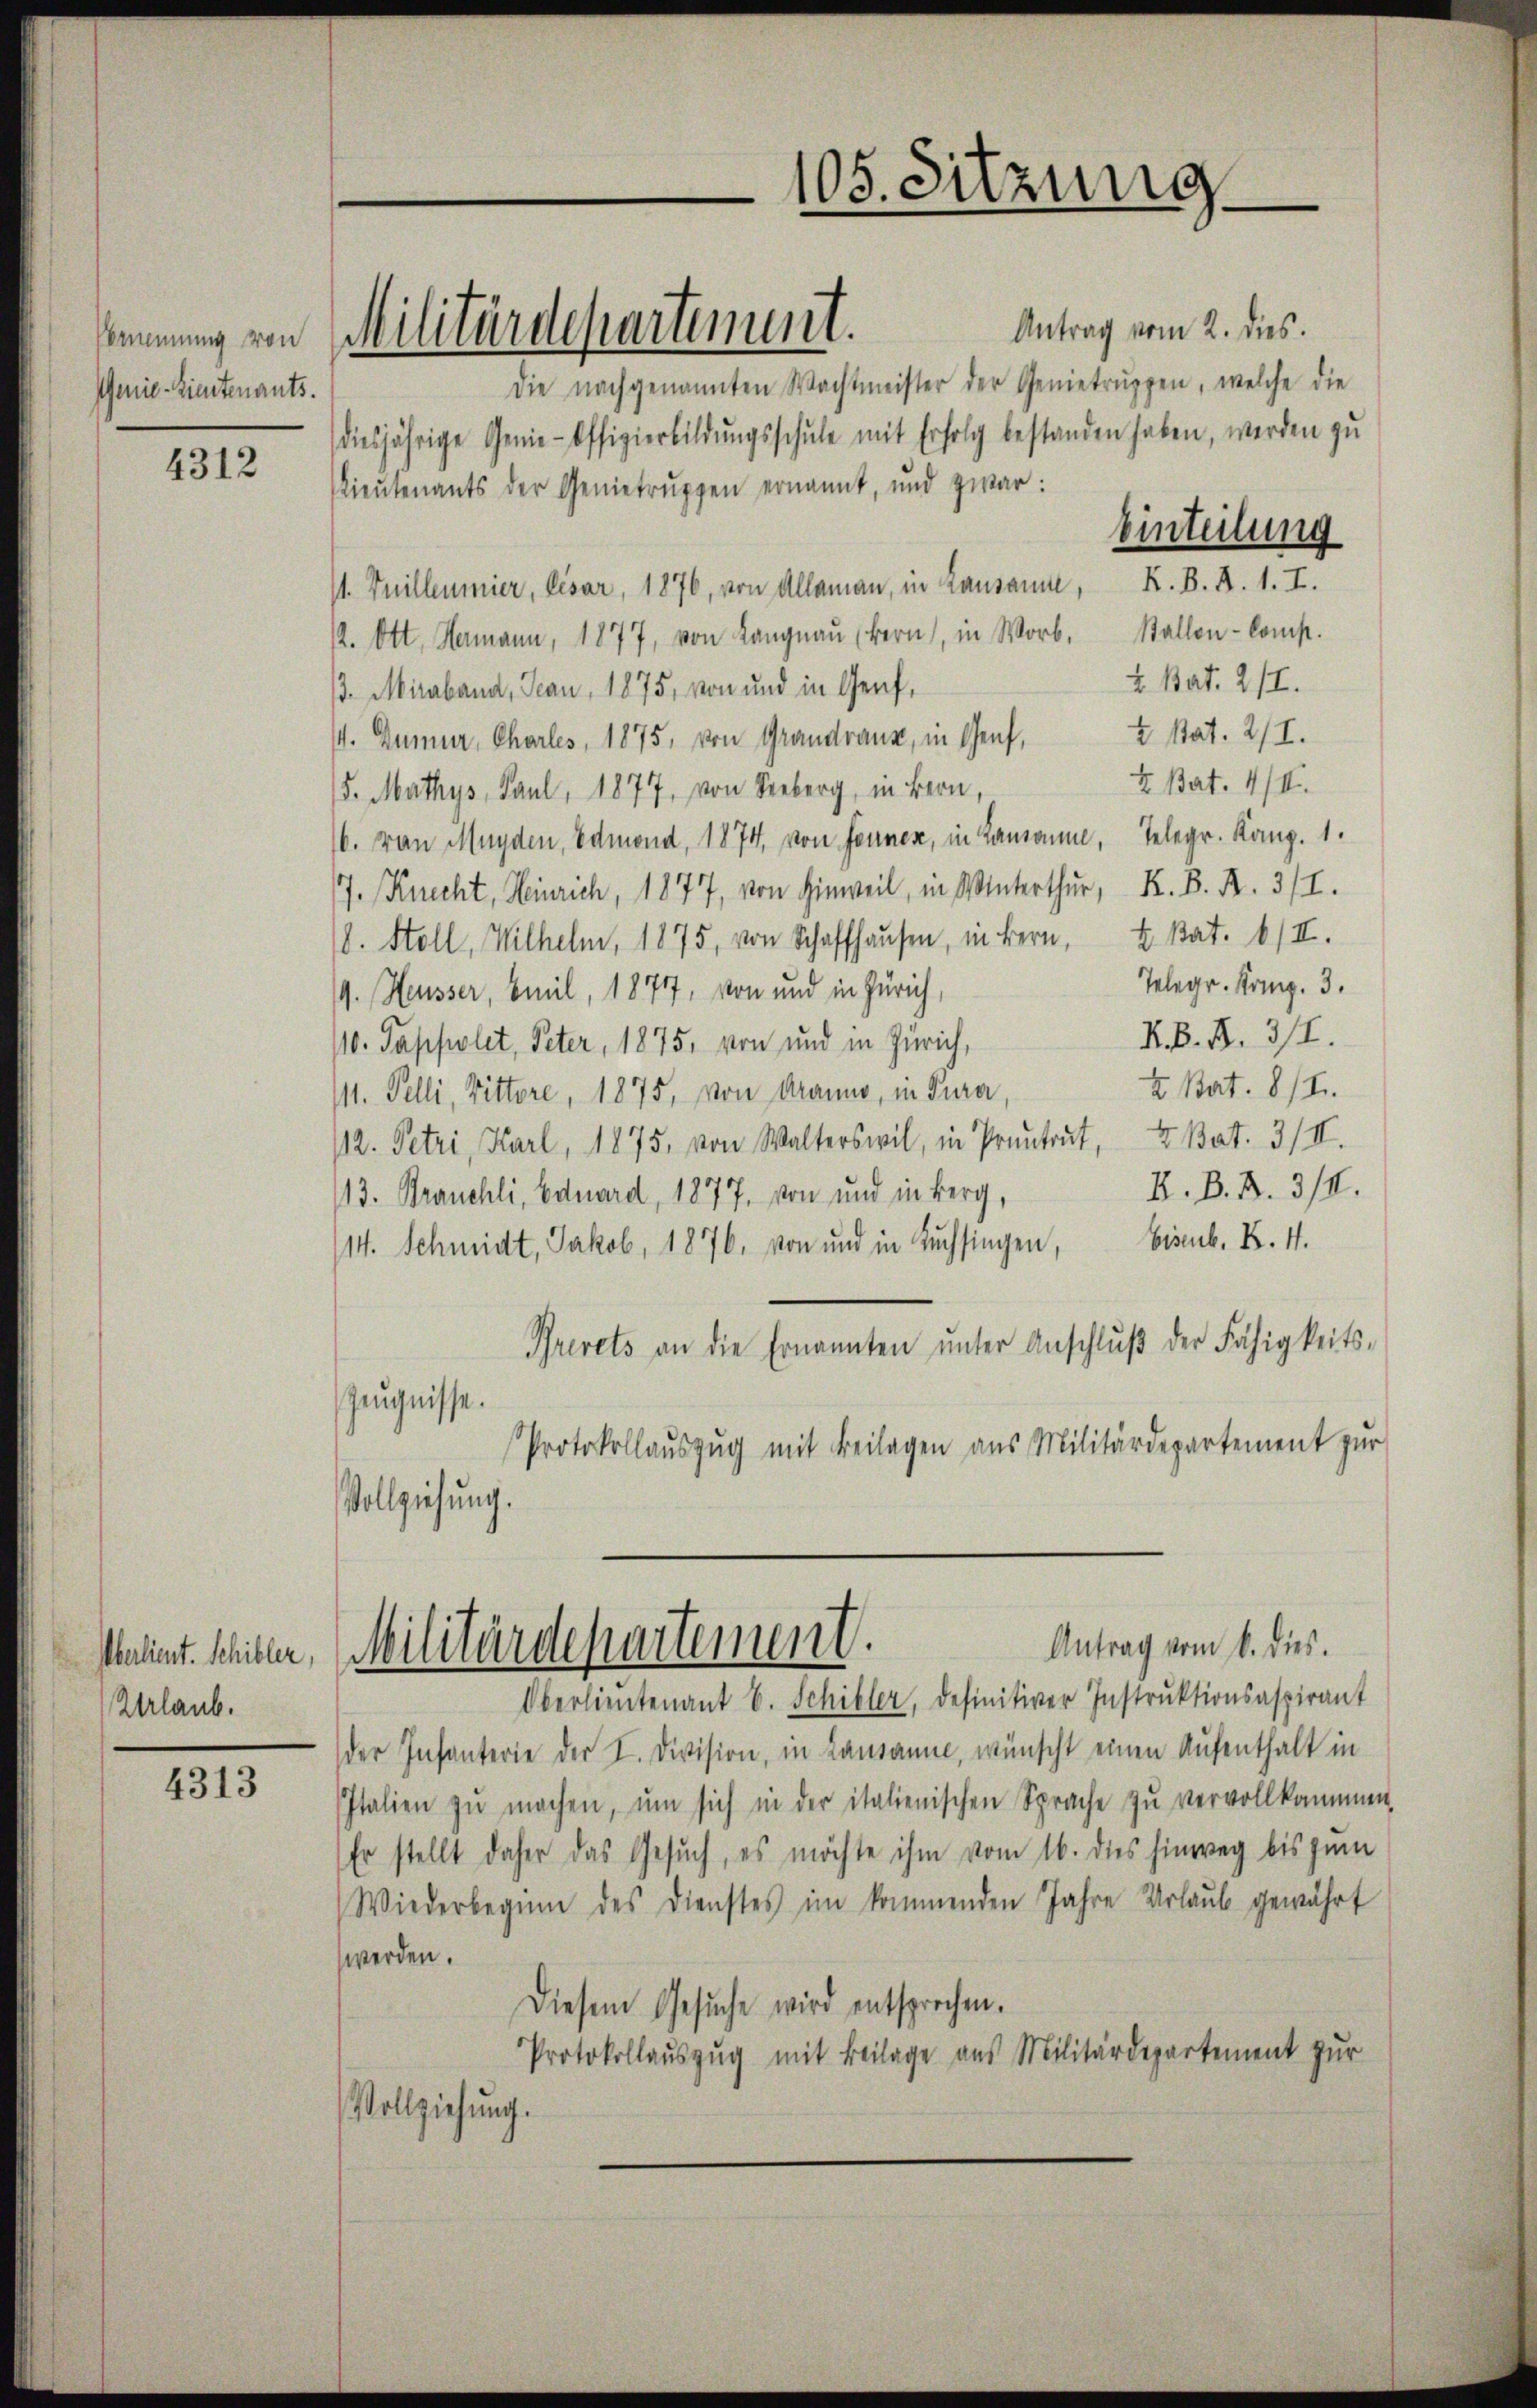
Genie-Lieutenants.

4312

berlient. Schiller,
Urlaub.

4313

sommung von Militärdepartement.

105. Sitzung

Antrag vom 2. dies.
die nachgenannten Wachtmeister der Genietrŭppen, welche die
diesjährige Genie-Offizierbildŭngsschŭle mit Erfolg bestanden haben, werden zu
Lieŭtenants der Genietrŭppen ernannt, und zwar:
Einteilung
/1. Juilleumier, bisar, 1876, von Allaman, in Lausann, K. B. B. 1. I.
12. Ott. Hermann, 1877, von Langnau (Bern, in Worb. Stallen-Comp.
4 Bat. 211.
/3. Miraband, Jean, 1875, von und in Genf,
V. Zumur, Chorles, 1875, von Grandranz, in Genf, Stat. 2/I.
I. Bat. 4/II.
5. Mathys, Paul, 1877, von Seeberg, in Bern,
6. von Magden, Edmond, 1874, von Fennen, in Lausanne, Telegr. Kanz. 1.
J. Knecht, Heinrich, 1877, von Hinweil, in Winterthur, K. B. R. 3/I.
18. Stoll, Wilhelm, 1875, von Schaffhausen, in Bern, u. kat. 6/II.
Telegr. Komp. 3.
/9. Heusser, beeil, 1877, von und in Zürich,
RB. B. 3/I.
10. Tappolet, Peter, 1875, von und in Zürich,
4 Bat. 811.
/11. Felli, Vittore, 1875, von Aranno, in Tura,
12. Petri, Karl, 1875, von Walterswil, in Prantrat, 4 Bat. 3/II.
K. B. B. 3/4.
13. Brauchli, Eduard, 1877, von und in Berg,
114. Schmidt, Jakob, 1876, von und in Lŭchsingen, bismb. X. 4.
Brevets an die Ernannten ŭnter Anschlŭβ der Fähigkeits-
Zeugnisse.
Protokollaŭszŭg mit Beilagen aus Militärdepartement zŭr
Vollziehung.
Antrag vom 6. dies.
Militärdepartement.
Oberlieutenant E. Schiller, definitiver Instrŭktionsaspirant
der Infanterie der I. Division, in Lausanne, wünscht einen Aufenthalt in
Italien zŭ machen, ŭm sich in der italienischen Sprache zŭ vervollkommen.
Er stellt daher das Gesuch, es möchte ihm vom 16. dies hinweg bis zum
Wiederbeginn des Dienstes im kommenden Jahre Urlaŭb gewährt
werden.
Diesem Gesuche wird entsprochen.
Protokollaŭszŭg mit Beilage aus Militärdepartement zur
Vollziehung.